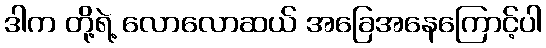
ဒါက တို့ရဲ့ လောလောဆယ် အခြေအနေကြောင့်ပါ